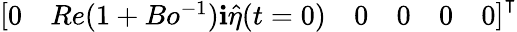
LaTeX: \left[\begin{array}{llllll}{0}&{Re(1+Bo^{-1})\textbf{i}\hat{\eta}(t=0)}&{0}&{0}&{0}&{0}\end{array}\right]^{\intercal}